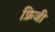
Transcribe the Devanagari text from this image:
फ्रिजी